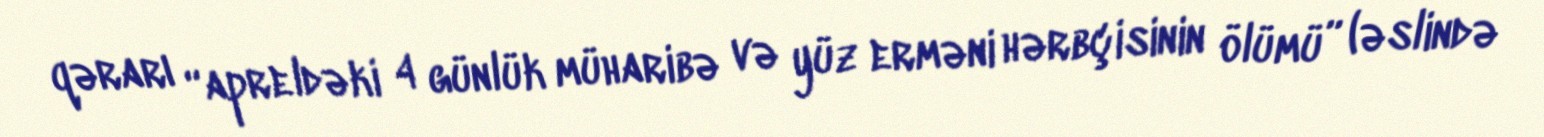
qərarı “apreldəki 4 günlük müharibə və yüz erməni hərbçisinin ölümü” (əslində